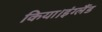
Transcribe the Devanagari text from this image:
किया।इंग्लैंड